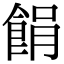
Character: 䬼